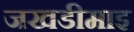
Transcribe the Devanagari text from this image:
जखडीमाइ